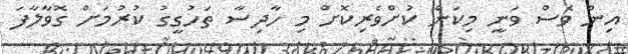
އިން ވެސް ވަނީ މިކަން ކުށްވެރިކޮށް މި ހާދިސާ ތަހުގީގު ކުރުމަށް ގޮވާލާފަ